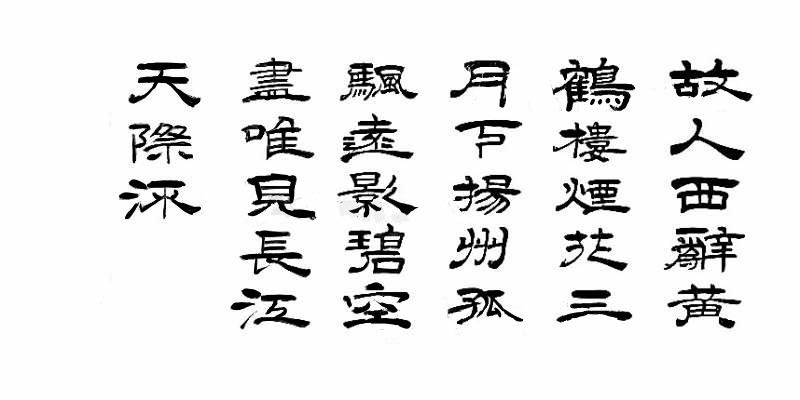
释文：故人西辞黄鹤楼，烟花三月下扬州。孤帆远影碧空尽，唯见长江天际流。刘长君